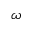
\omega